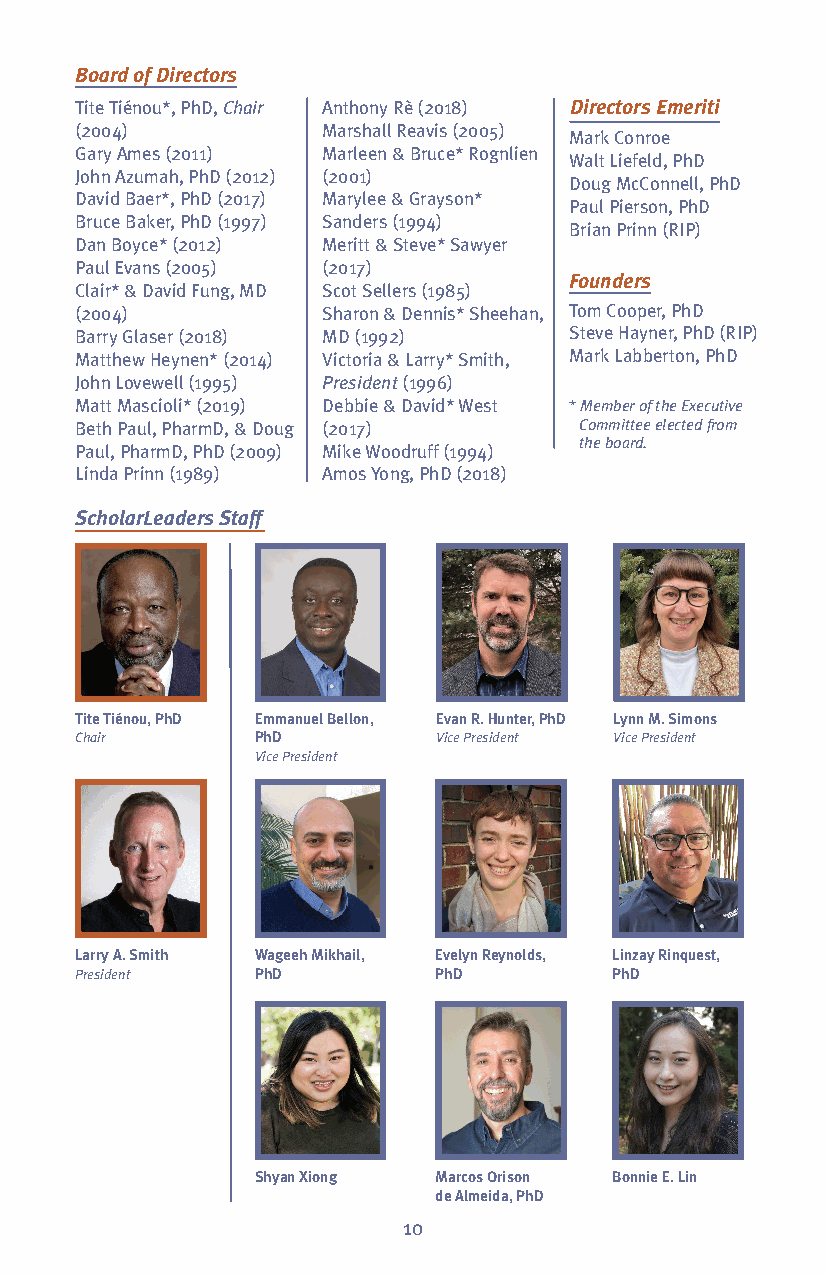
Board of Directors
 Tite Tiénou*, PhD, Chair Anthony Rè (2018) Directors Emeriti
 (2004)          Marshall Reavis (2005)
 Mark Conroe
 Gary Ames (2011) Marleen & Bruce* Rognlien
 Walt Liefeld, PhD
 John Azumah, PhD (2012) (2001)
 Doug McConnell, PhD
 David Baer*, PhD (2017) Marylee & Grayson*
 Paul Pierson, PhD
 Bruce Baker, PhD (1997) Sanders (1994)
 Brian Prinn (RIP)
 Dan Boyce* (2012) Meritt & Steve* Sawyer
 Paul Evans (2005) (2017)
 Founders
 Clair* & David Fung, MD Scot Sellers (1985)
 (2004)          Sharon & Dennis* Sheehan, Tom Cooper, PhD
 Barry Glaser (2018) MD (1992)    Steve Hayner, PhD (RIP)
 Matthew Heynen* (2014) Victoria & Larry* Smith, Mark Labberton, PhD
 John Lovewell (1995) President(1996)
 Matt Mascioli* (2019) Debbie & David* West * Member of the Executive
 Beth Paul, PharmD, & Doug (2017) Committee elected from
 Paul, PharmD, PhD (2009) Mike Woodruff (1994) the board.
 Linda Prinn (1989) Amos Yong, PhD (2018)
 ScholarLeaders Staff
 Tite Tiénou, PhD Emmanuel Bellon, Evan R. Hunter, PhD Lynn M. Simons
 Chair       PhD         Vice President Vice President
 Vice President
 Larry A. Smith Wageeh Mikhail, Evelyn Reynolds, Linzay Rinquest,
 President   PhD         PhD        PhD
 Shyan Xiong Marcos Orison Bonnie E. Lin
 de Almeida, PhD
 10